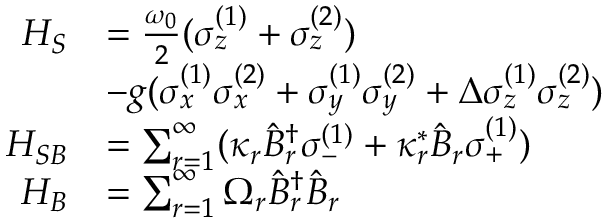
\begin{array} { r l } { H _ { S } } & { = \frac { \omega _ { 0 } } { 2 } ( \sigma _ { z } ^ { ( 1 ) } + \sigma _ { z } ^ { ( 2 ) } ) } \\ & { - g ( \sigma _ { x } ^ { ( 1 ) } \sigma _ { x } ^ { ( 2 ) } + \sigma _ { y } ^ { ( 1 ) } \sigma _ { y } ^ { ( 2 ) } + \Delta \sigma _ { z } ^ { ( 1 ) } \sigma _ { z } ^ { ( 2 ) } ) } \\ { H _ { S B } } & { = \sum _ { r = 1 } ^ { \infty } ( \kappa _ { r } \hat { B } _ { r } ^ { \dagger } \sigma _ { - } ^ { ( 1 ) } + \kappa _ { r } ^ { * } \hat { B } _ { r } \sigma _ { + } ^ { ( 1 ) } ) } \\ { H _ { B } } & { = \sum _ { r = 1 } ^ { \infty } \Omega _ { r } \hat { B } _ { r } ^ { \dagger } \hat { B } _ { r } } \end{array}